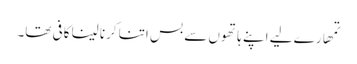
تمھارے لیے اپنے ہاتھوں سے بس اتنا کرنا لینا کافی تھا۔